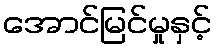
အောင်မြင်မှုနှင့်